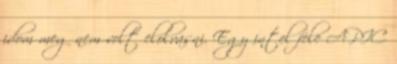
idom meg nem volt elolvasni. Egy intel fele APIC